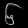
Digit: ၆